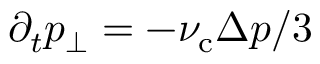
\partial _ { t } p _ { \perp } = - \nu _ { \mathrm { c } } \Delta p / 3